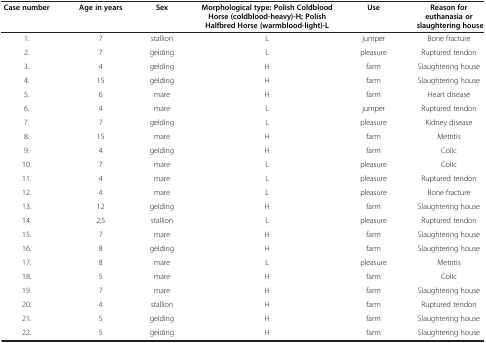
<table><thead><tr><td><b>Case number</b></td><td><b>Age in years</b></td><td><b>Sex</b></td><td><b>Morphological type: Polish Coldblood Horse (coldblood-heavy)-H; Polish Halfbred Horse (warmblood-light)-L</b></td><td><b>Use</b></td><td><b>Reason for euthanasia or slaughtering house</b></td></tr></thead><tbody><tr><td>1.</td><td>7</td><td>stallion</td><td>L</td><td>jumper</td><td>Bone fracture</td></tr><tr><td>2.</td><td>7</td><td>gelding</td><td>L</td><td>pleasure</td><td>Ruptured tendon</td></tr><tr><td>3.</td><td>4</td><td>gelding</td><td>H</td><td>farm</td><td>Slaughtering house</td></tr><tr><td>4.</td><td>15</td><td>gelding</td><td>H</td><td>farm</td><td>Slaughtering house</td></tr><tr><td>5.</td><td>6</td><td>mare</td><td>H</td><td>farm</td><td>Heart disease</td></tr><tr><td>6.</td><td>4</td><td>mare</td><td>L</td><td>jumper</td><td>Ruptured tendon</td></tr><tr><td>7.</td><td>7</td><td>gelding</td><td>L</td><td>pleasure</td><td>Kidney disease</td></tr><tr><td>8.</td><td>15</td><td>mare</td><td>H</td><td>farm</td><td>Metritis</td></tr><tr><td>9.</td><td>4</td><td>gelding</td><td>H</td><td>farm</td><td>Colic</td></tr><tr><td>10.</td><td>7</td><td>mare</td><td>L</td><td>pleasure</td><td>Colic</td></tr><tr><td>11.</td><td>4</td><td>mare</td><td>L</td><td>pleasure</td><td>Ruptured tendon</td></tr><tr><td>12.</td><td>4</td><td>mare</td><td>L</td><td>pleasure</td><td>Bone fracture</td></tr><tr><td>13.</td><td>12</td><td>gelding</td><td>H</td><td>farm</td><td>Slaughtering house</td></tr><tr><td>14.</td><td>2,5</td><td>stallion</td><td>L</td><td>pleasure</td><td>Ruptured tendon</td></tr><tr><td>15.</td><td>7</td><td>mare</td><td>H</td><td>farm</td><td>Slaughtering house</td></tr><tr><td>16.</td><td>8</td><td>gelding</td><td>H</td><td>farm</td><td>Slaughtering house</td></tr><tr><td>17.</td><td>8</td><td>mare</td><td>L</td><td>pleasure</td><td>Metritis</td></tr><tr><td>18.</td><td>5</td><td>mare</td><td>H</td><td>farm</td><td>Colic</td></tr><tr><td>19.</td><td>7</td><td>mare</td><td>H</td><td>farm</td><td>Slaughtering house</td></tr><tr><td>20.</td><td>4</td><td>stallion</td><td>H</td><td>farm</td><td>Ruptured tendon</td></tr><tr><td>21.</td><td>5</td><td>gelding</td><td>H</td><td>farm</td><td>Slaughtering house</td></tr><tr><td>22.</td><td>5</td><td>gelding</td><td>H</td><td>farm</td><td>Slaughtering house</td></tr></tbody></table>